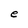
Character: e